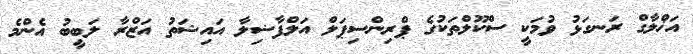
އަޚްލާގް ރަނގަޅު ވުމަކީ ސްކޫލްތަކުގެ ޕްރިންސިޕަލް އަލްފާޟިލާ އައިޝަތު އަޒްރާ ލަބީބު އެންމެ